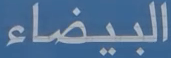
البيضاء